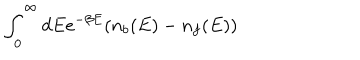
\int _ { 0 } ^ { \infty } d E { e ^ { - \beta E } ( n _ { b } ( E ) - n _ { f } ( E ) ) }